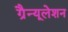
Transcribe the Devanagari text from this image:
ग्रैन्यूलेशन